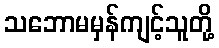
သဘောမမှန်ကျင့်သူတို့